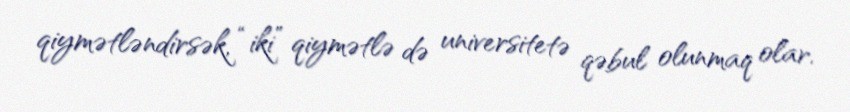
qiymətləndirsək, “iki” qiymətlə də universitetə qəbul olunmaq olar.